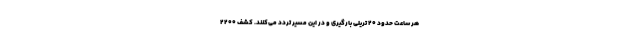
هر ساعت حدود ۲۰ تریلی بارگیری و در این مسیر تردد می‌کنند. کشف 2200